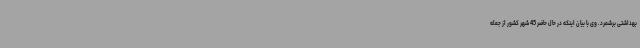
بهداشتی برشمرد. وی با بیان اینکه در حال حاضر 45 شهر کشور از جمله